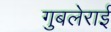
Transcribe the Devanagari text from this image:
गुबलेराई